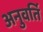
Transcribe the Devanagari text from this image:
अनुवर्ति